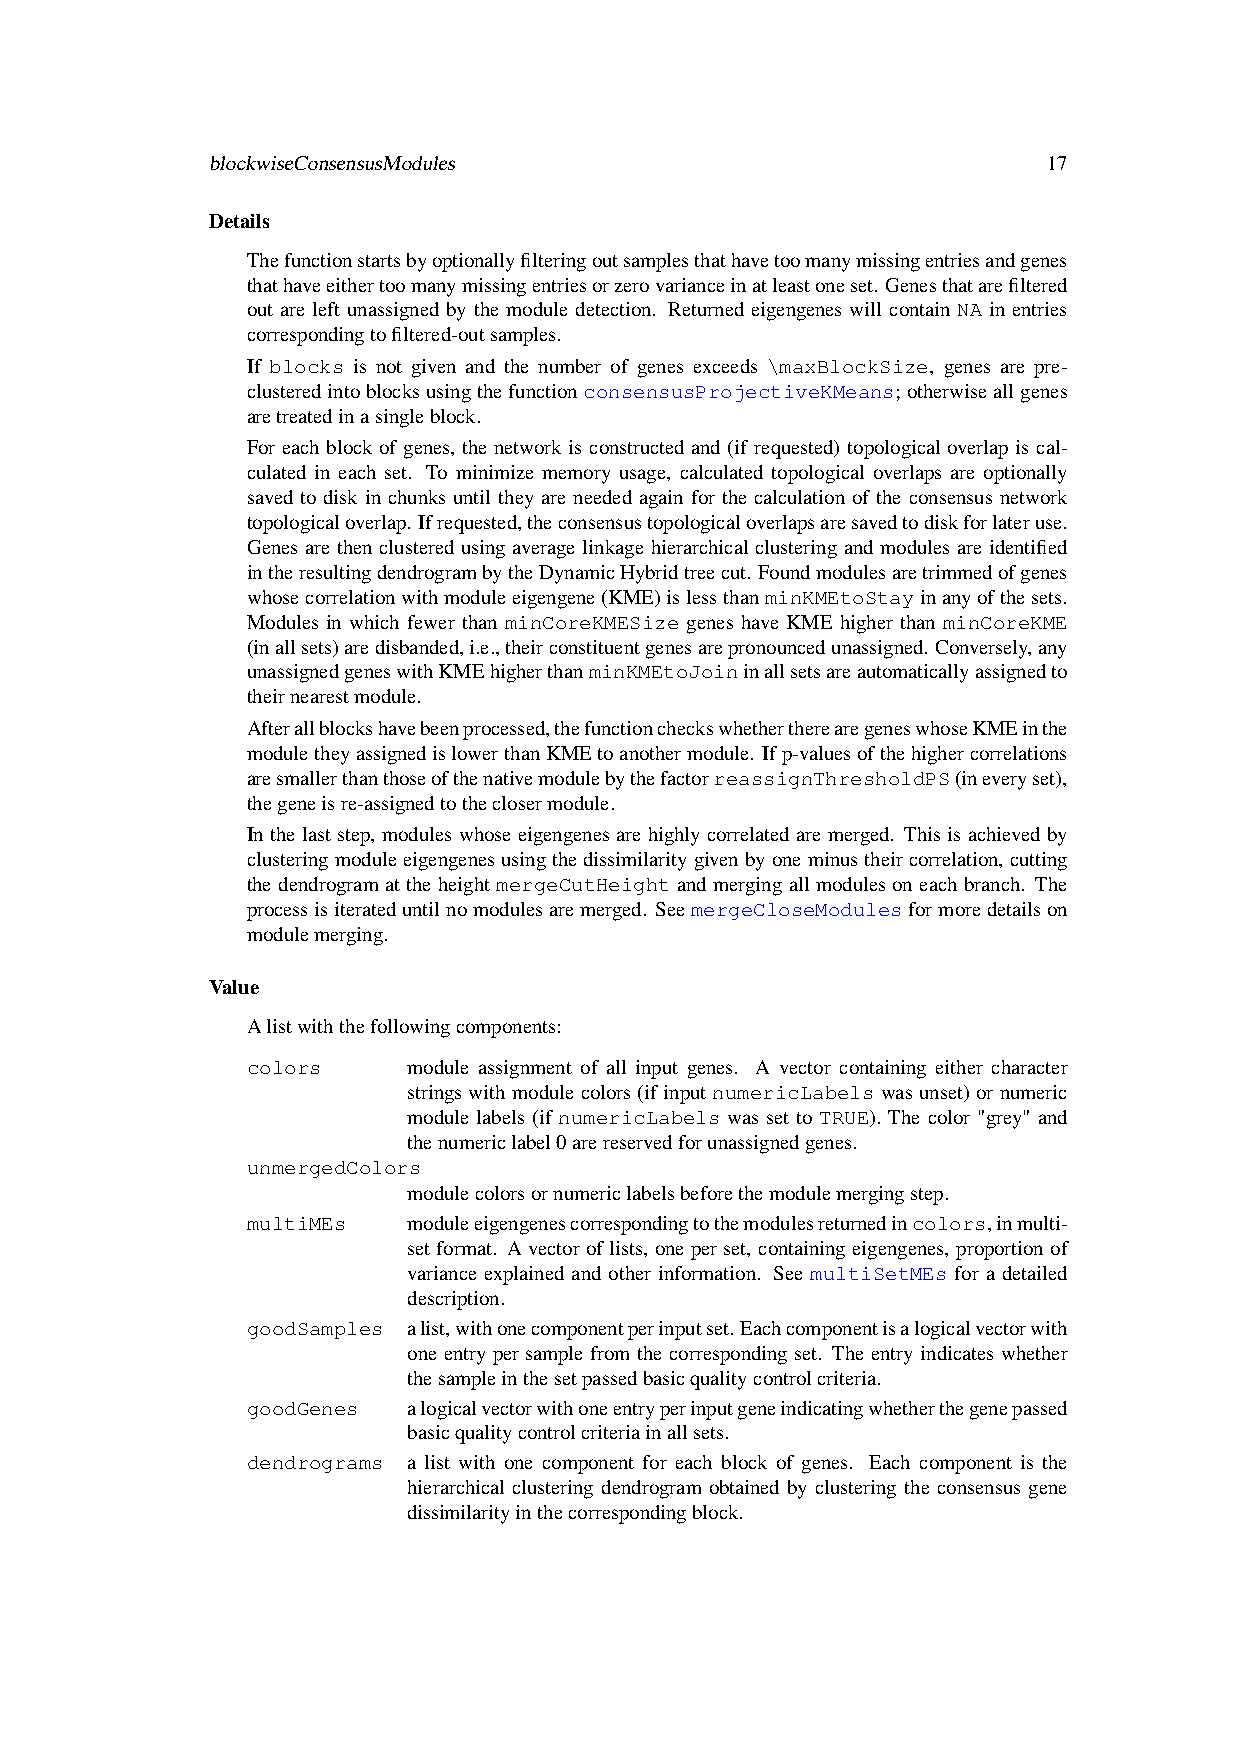
blockwiseConsensusModules                              17
 Details
 Thefunctionstartsbyoptionallyfilteringoutsamplesthathavetoomanymissingentriesandgenes
 thathaveeithertoomanymissingentriesorzerovarianceinatleastoneset. Genesthatarefiltered
 out are left unassigned by the module detection. Returned eigengenes will contain NA in entries
 correspondingtofiltered-outsamples.
 If blocks is not given and the number of genes exceeds \maxBlockSize, genes are pre-
 clusteredintoblocksusingthefunctionconsensusProjectiveKMeans; otherwiseallgenes
 aretreatedinasingleblock.
 For each block of genes, the network is constructed and (if requested) topological overlap is cal-
 culated in each set. To minimize memory usage, calculated topological overlaps are optionally
 saved to disk in chunks until they are needed again for the calculation of the consensus network
 topologicaloverlap. Ifrequested,theconsensustopologicaloverlapsaresavedtodiskforlateruse.
 Genes are then clustered using average linkage hierarchical clustering and modules are identified
 intheresultingdendrogrambytheDynamicHybridtreecut. Foundmodulesaretrimmedofgenes
 whosecorrelationwithmoduleeigengene(KME)islessthanminKMEtoStayinanyofthesets.
 Modules in which fewer than minCoreKMESize genes have KME higher than minCoreKME
 (inallsets)aredisbanded,i.e.,theirconstituentgenesarepronouncedunassigned. Conversely,any
 unassignedgeneswithKMEhigherthanminKMEtoJoininallsetsareautomaticallyassignedto
 theirnearestmodule.
 Afterallblockshavebeenprocessed,thefunctioncheckswhethertherearegeneswhoseKMEinthe
 moduletheyassignedislowerthanKMEtoanothermodule. Ifp-valuesofthehighercorrelations
 aresmallerthanthoseofthenativemodulebythefactorreassignThresholdPS(ineveryset),
 thegeneisre-assignedtotheclosermodule.
 Inthelaststep, moduleswhoseeigengenesarehighlycorrelatedaremerged. Thisisachievedby
 clusteringmoduleeigengenesusingthedissimilaritygivenbyoneminustheircorrelation,cutting
 the dendrogram at the height mergeCutHeight and merging all modules on each branch. The
 processisiterateduntilnomodulesaremerged. SeemergeCloseModulesformoredetailson
 modulemerging.
 Value
 Alistwiththefollowingcomponents:
 colors     module assignment of all input genes. A vector containing either character
 stringswithmodulecolors(ifinput numericLabelswasunset)ornumeric
 module labels (if numericLabels was set to TRUE). The color "grey" and
 thenumericlabel0arereservedforunassignedgenes.
 unmergedColors
 modulecolorsornumericlabelsbeforethemodulemergingstep.
 multiMEs   moduleeigengenescorrespondingtothemodulesreturnedincolors,inmulti-
 setformat. Avectoroflists, oneper set, containingeigengenes, proportionof
 variance explained and other information. See multiSetMEs for a detailed
 description.
 goodSamples alist,withonecomponentperinputset.Eachcomponentisalogicalvectorwith
 one entry per sample from the corresponding set. The entry indicates whether
 thesampleinthesetpassedbasicqualitycontrolcriteria.
 goodGenes  alogicalvectorwithoneentryperinputgeneindicatingwhetherthegenepassed
 basicqualitycontrolcriteriainallsets.
 dendrograms a list with one component for each block of genes. Each component is the
 hierarchical clustering dendrogram obtained by clustering the consensus gene
 dissimilarityinthecorrespondingblock.